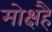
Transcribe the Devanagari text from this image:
मोक्षहै